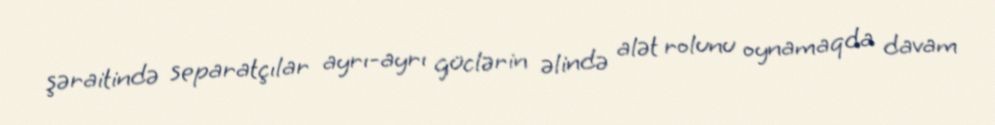
şəraitində separatçılar ayrı-ayrı güclərin əlində alət rolunu oynamaqda davam